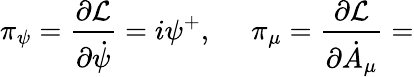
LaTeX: \pi_{\psi}=\frac{\partial\mathcal{L}}{\partial\dot{\psi}}=i\psi^{+},\, \, \ \ \ \ \pi_{\mu}=\frac{\partial\mathcal{L}}{\partial\dot{A}_{\mu}}=